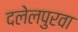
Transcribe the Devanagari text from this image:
दलेलपुरवा